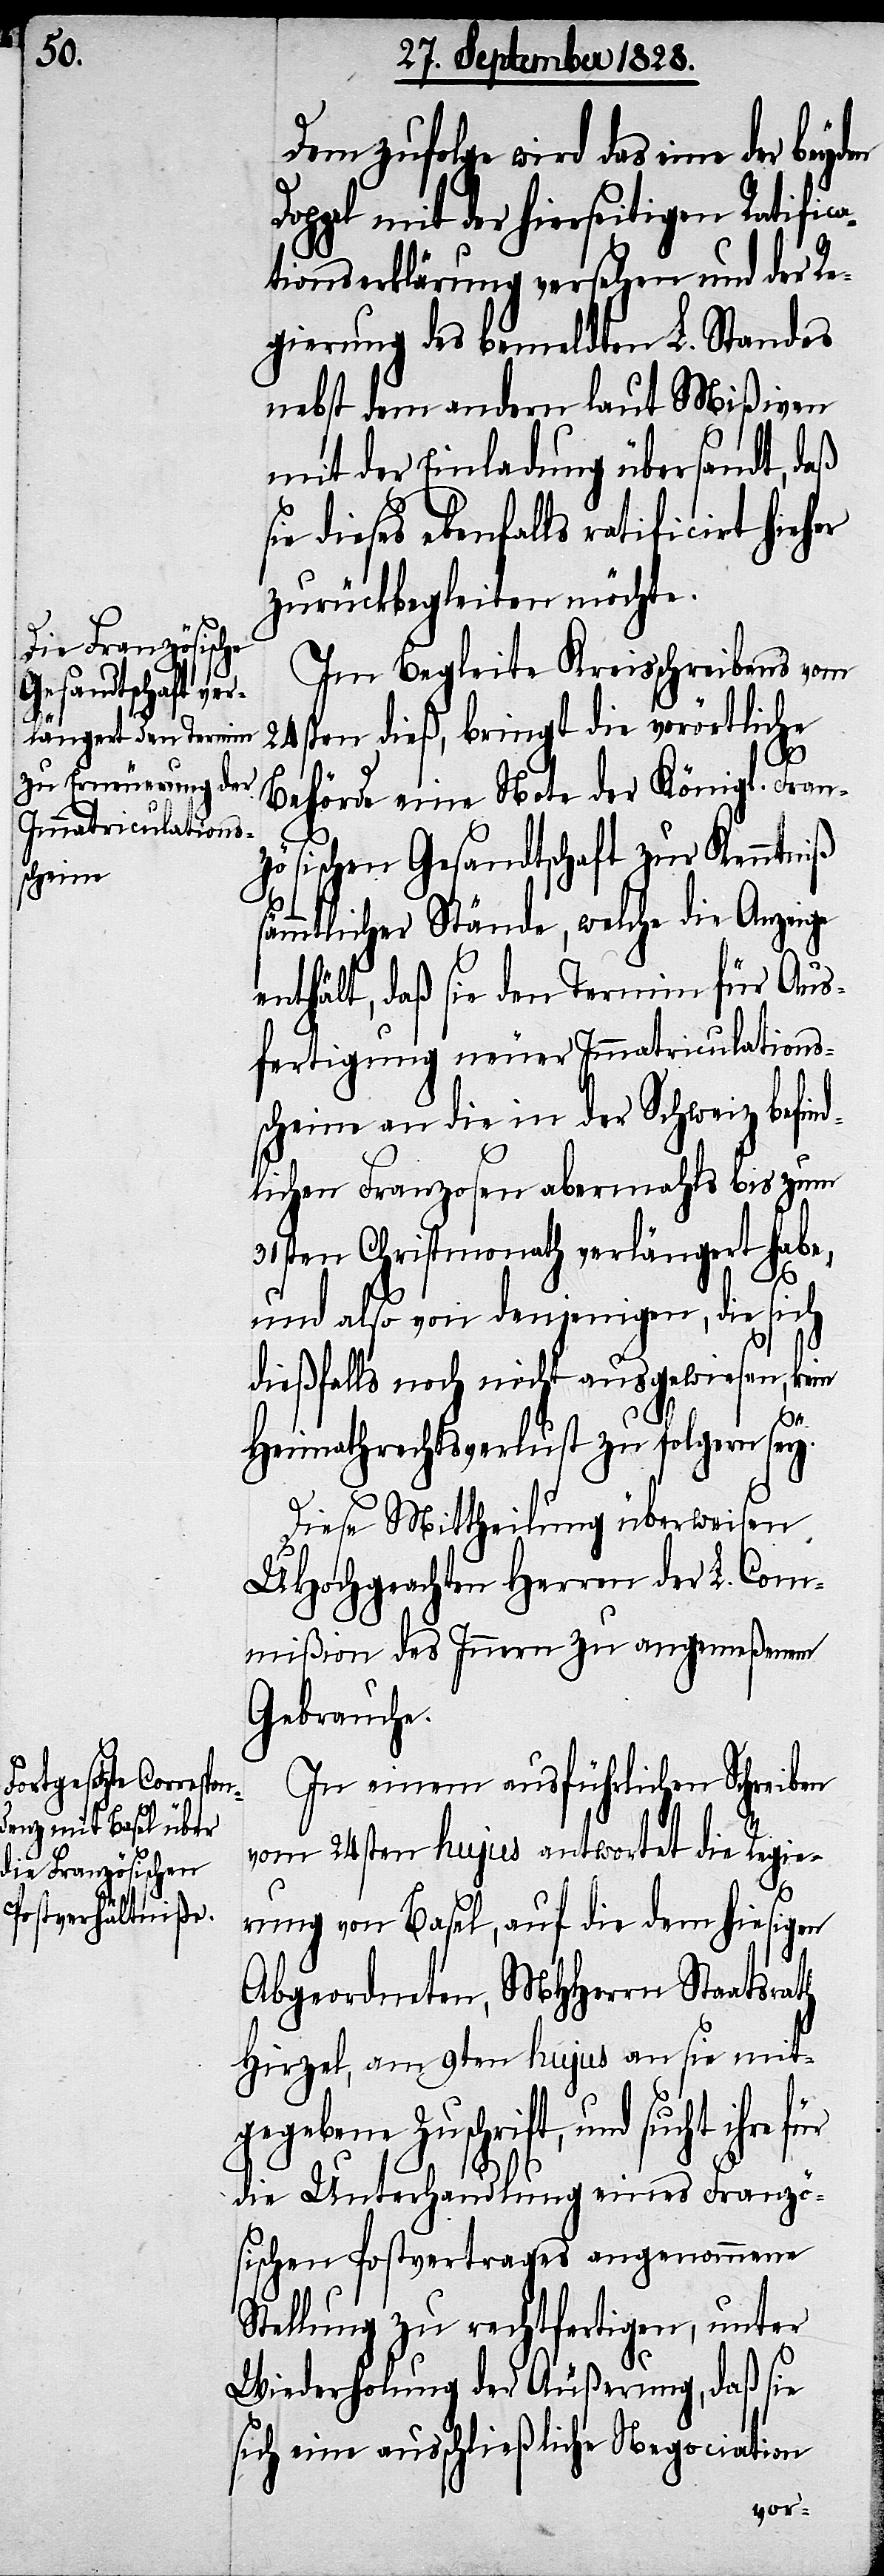
er

Demzufolge wird das eine der
Doppel mit der hierseitigen Ratifica¬
tionserklärung versehen und der Re¬
gierung des bemeldten L. Standes
nebst dem andern laut Mißiven
mit der Einladung übersandt, daß
ie dieses ebenfalls ratificirt hieh¬
zurückbegleiten möchte.
Im Begleite Kreisschreibens vom
24sten dieß, bringt die vorörtliche
Behörde eine Note der Königl. Fran¬
zösischen Gesandtschaft zur Kenntniß
sämmtlicher Stände, welche die Anzeige
enthält, daß sie den Termin für Aus¬
fertigung neuer Immatriculations¬
scheine an die in der Schweiz befind¬
lichen Franzosen abermahls bis zum
31. Christmonath verlängert habe,
und also von denjenigen, die sich
s¬
dießfalls noch nicht ausgewiesen, kein
Heimathrechtsverlust zu folgern sey.
Diese Mittheilung überweisen
UHochgeachten Herren der L. Com¬
mißion des Innern zu angemeßenem
Gebrauche.
In einem ausführlichen Schreiben
vom 24sten hujus antwortet die Regie¬
rung von Basel, auf die dem hiesigen
Abgeordneten, MHHerrn Staatsrath
Hirzel, am 9ten hujus an sie mit¬
gegebene Zuschrift, und sucht ihre
die Unterhandlung eines Franzö¬
sischen Postvertrages angenommene
Stellung zu rechtfertigen, unter
Wiederholung der Äußerung, daß sie
sich eine ausschließliche Negociation